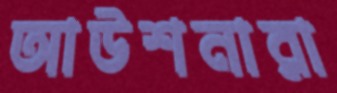
আউশনারা